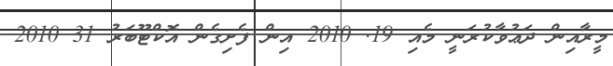
މީރާއިން ދަޢުވާކުރަނީ މެއި 19. 2010 އިން ފެށިގެން އޮކްޓޫބަރު 31 2010